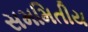
સમમિતીય